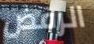
الرفض